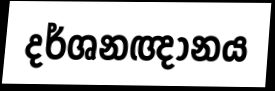
දර්ශනඥානය